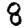
Digit: 8